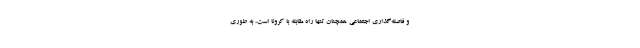
و فاصله‌گذاری اجتماعی همچنان تنها راه مقابله با کرونا است، به طوری